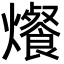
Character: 爘